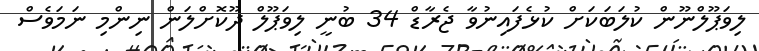
ލިވަޕޫލްނޫން ކުލަބަކަށް ކުޅެފައިނުވާ ޖެރާޑް 34 ބުނީ ލިވަޕޫލް ދޫކޮށްލަން ނިންމި ނަމަވެސް